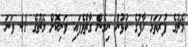
މެޗުގެ ފުރަތަމަ ހާފުގެ ކުޅުން ނިމެން ގާތްވެފައި ވަނިކޮށް މެޗުގެ 41 ވަނަ